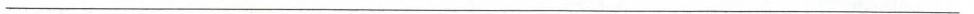
___